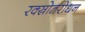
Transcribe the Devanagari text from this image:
रक्स्रोतरोधन